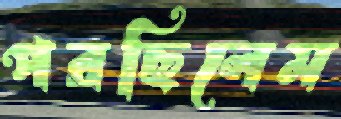
পরছিলেম